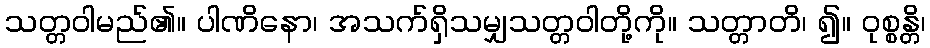
သတ္တဝါမည်၏။ ပါဏိနော၊ အသက်ရှိသမျှသတ္တဝါတို့ကို။ သတ္တာတိ၊ ၍။ ဝုစ္စန္တိ၊